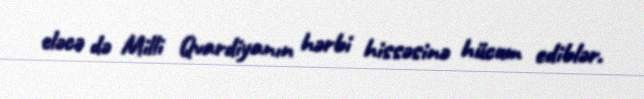
eləcə də Milli Qvardiyanın hərbi hissəsinə hücum ediblər.